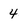
Character: 4